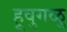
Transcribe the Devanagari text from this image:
हूवुगळु